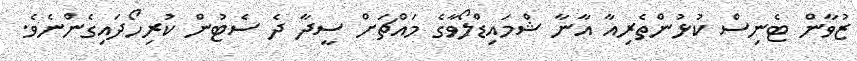
ޒުވާން ޓެނިސް ކުޅުންތެރިއާ އާނާ ޝްމައިޑްލޯވާގެ މައްޗަށް ސީދާ ދެ ސެޓުން ކުރިހޯދައިގެންނެވެ.